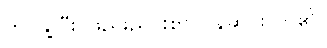
ကပ်နွဲ့ပြီး ဖြည်းညင်းစွာ ပြန်ဆင်းလာ၏။